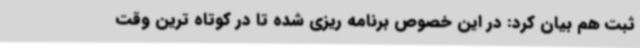
ثبت هم بیان کرد: در این خصوص برنامه ریزی شده تا در کوتاه ترین وقت